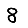
Digit: 8